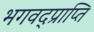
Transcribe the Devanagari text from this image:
भगवद्प्राप्ति